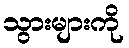
သွားများကို